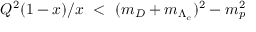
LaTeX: Q ^ { 2 } ( 1 - x ) / x \ < \ ( m _ { D } + m _ { \Lambda _ { c } } ) ^ { 2 } - m _ { p } ^ { 2 }